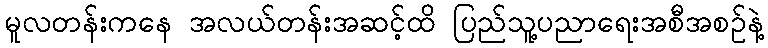
မူလတန်းကနေ အလယ်တန်းအဆင့်ထိ ပြည်သူ့ပညာရေးအစီအစဥ်နဲ့